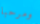
ومرحبا